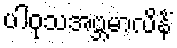
ပါဝုသအဗ္ဘမာလိနိံ